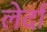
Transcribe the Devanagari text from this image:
लेर्दा